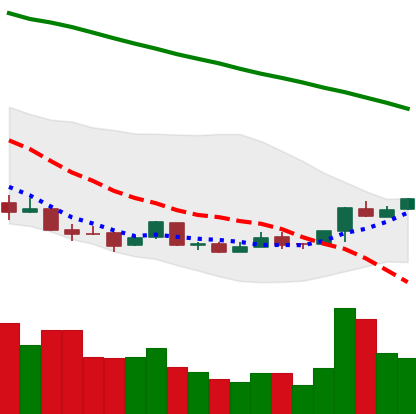
Ticker: ETC-USD
Chart end date: 2018-04-15
Forward return: 17.222%
Label: up_7plus